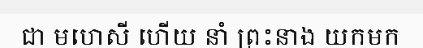
ជា មហេសី ហើយ នាំ ព្រះនាង យកមក